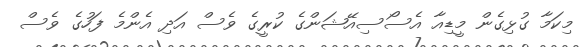
މިކަމާ ގުޅިގެން މީޑިއާ އެސޯސިއޭޝަންގެ ކުރީގެ ވެސް އަދި އެންމެ ފަހުގެ ވެސް